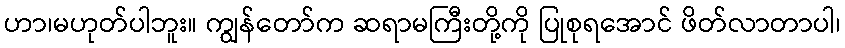
ဟာ၊မဟုတ်ပါဘူး။ ကျွန်တော်က ဆရာမကြီးတို့ကို ပြုစုရအောင် ဖိတ်လာတာပါ၊